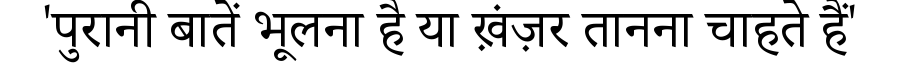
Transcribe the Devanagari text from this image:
'पुरानी बातें भूलना है या ख़ंज़र तानना चाहते हैं'